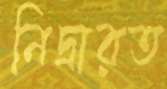
নিদ্রারত